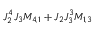
J _ { 2 } ^ { 4 } J _ { 3 } M _ { 4 , 1 } + J _ { 2 } J _ { 3 } ^ { 3 } M _ { 1 , 3 }